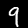
Digit: 9